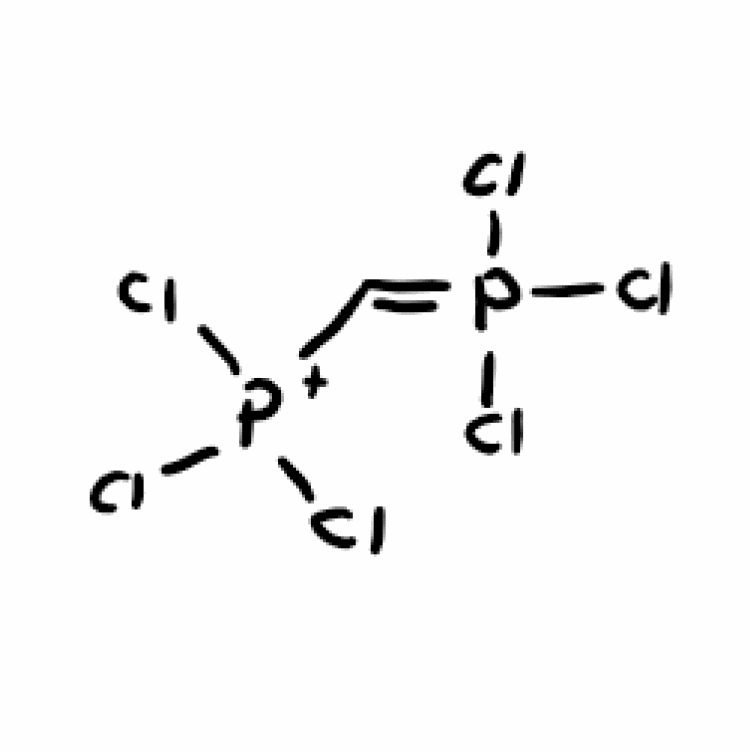
Simplified molecular-input line-entry system (SMILES) notation of the given molecule:
C(=P(Cl)(Cl)Cl)[P+](Cl)(Cl)Cl